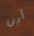
أين